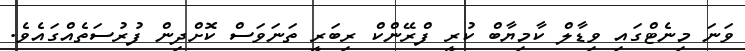
ވަނަ މިނެޓްގައި ވިޑާލް ކާމިޔާބް ކުރީ ފްރޭންކް ރިބަރީ ތަނަވަސް ކޮށްދިން ފުރުސަތެއްގައެވެ.